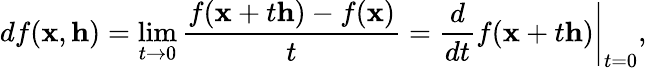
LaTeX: df(\mathbf{x},\mathbf{h})=\operatorname*{lim}_{t\to 0}{\frac{f(\mathbf{x}+t\mathbf{h})-f(\mathbf{x})}{t}}=\left.{\frac{d}{dt}}f(\mathbf{x}+t\mathbf{h})\right|_{t=0},